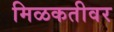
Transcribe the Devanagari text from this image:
मिळकतीवर